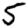
Digit: 5